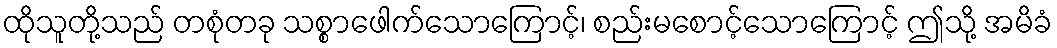
ထိုသူတို့သည် တစုံတခု သစ္စာဖေါက်သောကြောင့်၊ စည်းမစောင့်သောကြောင့် ဤသို့ အမိခံ